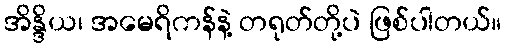
အိန္ဒိယ၊ အမေရိကန်နဲ့ တရုတ်တို့ပဲ ဖြစ်ပါတယ်။